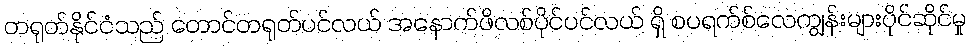
တရုတ်နိုင်ငံသည် တောင်တရုတ်ပင်လယ် အနောက်ဖိလစ်ပိုင်ပင်လယ် ရှိ စပရက်စ်လေကျွန်းများပိုင်ဆိုင်မှု